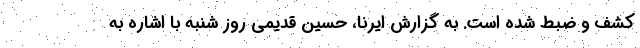
کشف و ضبط شده است. به گزارش ایرنا، حسین قدیمی روز شنبه با اشاره به